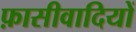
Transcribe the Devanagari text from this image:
फ़ासीवादियों